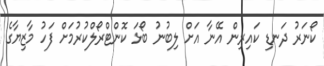
ކޯނަރު ދަނޑި ކައިރިން އޭނާ އަށް ލިބުނު ބޯޅަ ކޮންޓްރޯލްކުރުމަށް ފަހު މާޒިޔާގެ